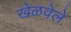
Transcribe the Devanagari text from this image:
खेळवेले